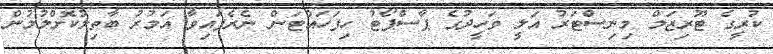
ކުރީގެ ޓޫރިޒަމް މިނިސްޓަރު އަލީ ވަހީދުގެ ޕާސްޕޯޓު ހިފަހައްޓަން ނެރެފައިވާ އަމުރު ބާތިލުކޮށްލުމުން